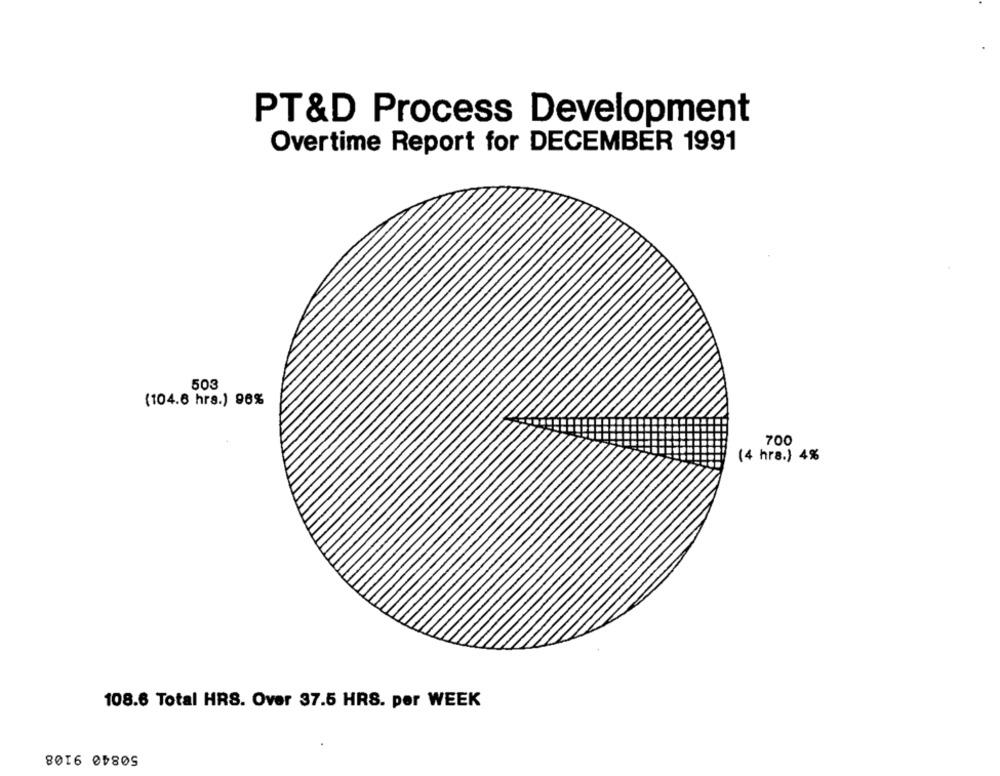
PT&D Process Development
Overtime Report for DECEMBER 1991
503
(104.6 hra.) 96%
700
(4 hrs.) 4%
108.6 Total HRS. Over 37.5 HRS. per WEEK
50840 9108